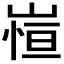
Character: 𭖿